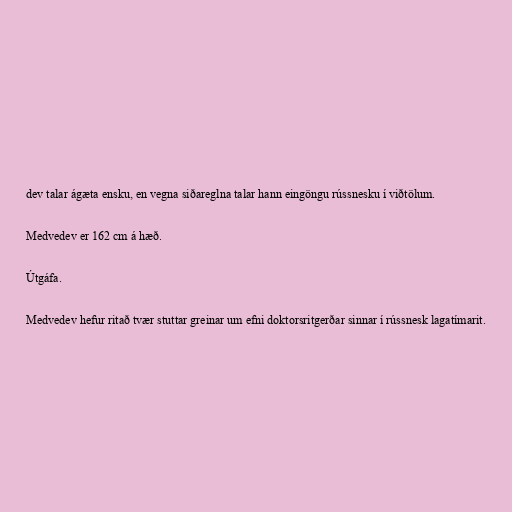
dev talar ágæta ensku, en vegna siðareglna talar hann eingöngu rússnesku í viðtölum.

Medvedev er 162 cm á hæð.

Útgáfa.

Medvedev hefur ritað tvær stuttar greinar um efni doktorsritgerðar sinnar í rússnesk lagatímarit.